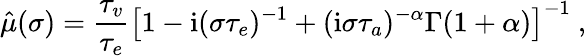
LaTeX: \hat{\mu}(\sigma)=\frac{\tau_{v}}{\tau_{e}}\left[1-\mathrm{i}(\sigma\tau_{e})^{-1}+(\mathrm{i}\sigma\tau_{a})^{-\alpha}\Gamma(1+\alpha)\right]^{-1}\ ,